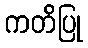
ကတိပြု